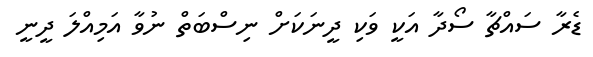
ޑެރާ ސައްޗާ ސޯދާ އަކީ ވަކި ދީނަކަށް ނިސްބަތް ނުވާ އަމިއްލަ ދީނީ